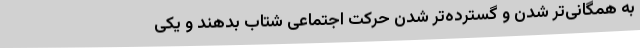
به‌ همگانی‌تر شدن‌ و گسترده‌تر شدن‌ حرکت‌ اجتماعی‌ شتاب‌ بدهند و یکی‌